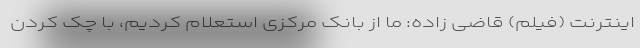
اینترنت (فیلم) قاضی زاده: ما از بانک مرکزی استعلام کردیم، با چک کردن